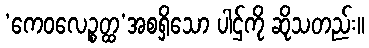
‘ကေဝလေဉ္စတ္ထ’အစရှိသော ပါဌ်ကို ဆိုသတည်း။